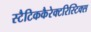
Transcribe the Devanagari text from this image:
स्टैटिककैरेक्टरिस्टिक्स